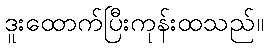
ဒူးထောက်ပြီးကုန်းထသည်။